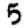
Digit: 5